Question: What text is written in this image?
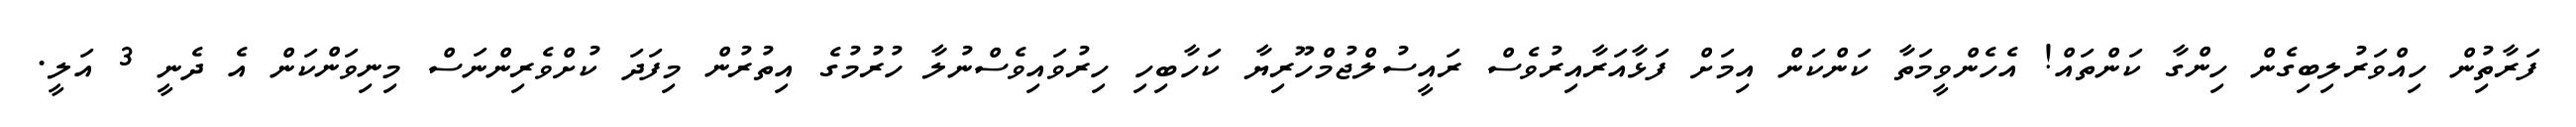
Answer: ފަރާތުިން ހިއްވަރުލިބިގެން ހިންގާ ކަންތައް! އެހެންވީމަތާ ކަންކަން އިމަށް ފަޅާއަރާއިރުވެސް ރައީސުލްޖުމްހޫރިޔާ ކަހާބިހި ހިރުވައިވެސްނުލާ ހުރުމުގެ އިތުރުން މިފަދަ ކުށްވެރިންނަސް މިނިވަންކަން އެ ދެނީ 3 އަލީ.